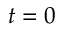
t = 0